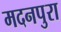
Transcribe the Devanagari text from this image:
मदनपुरा